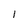
Character: I